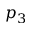
p _ { 3 }